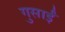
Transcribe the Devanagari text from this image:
गुसाईँ